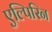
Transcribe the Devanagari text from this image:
एल्पिरिन